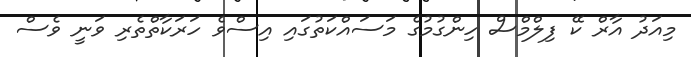
މިއަދު އާރް ކޭ ފިލްމްސް ހިންގުމުގެ މަސައްކަތުގައި އިސްވެ ހަރަކާތްތެރި ވަނީ ވެސް